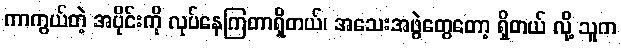
ကာကွယ်တဲ့ အပိုင်းကို လုပ်နေကြတာရှိတယ်၊ အသေးအဖွဲတွေတော့ ရှိတယ် လို့ သူက